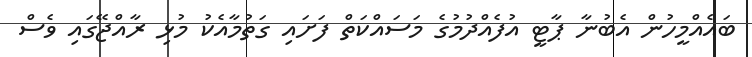
ބައެއްމީހުން އެބުނާ ޕާޓީ އުފެއްދުމުގެ މަސައްކަތް ފަށައި ގަތުމާއެކު މުޅި ރާއްޖޭގައި ވެސް